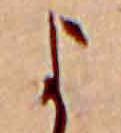
よ